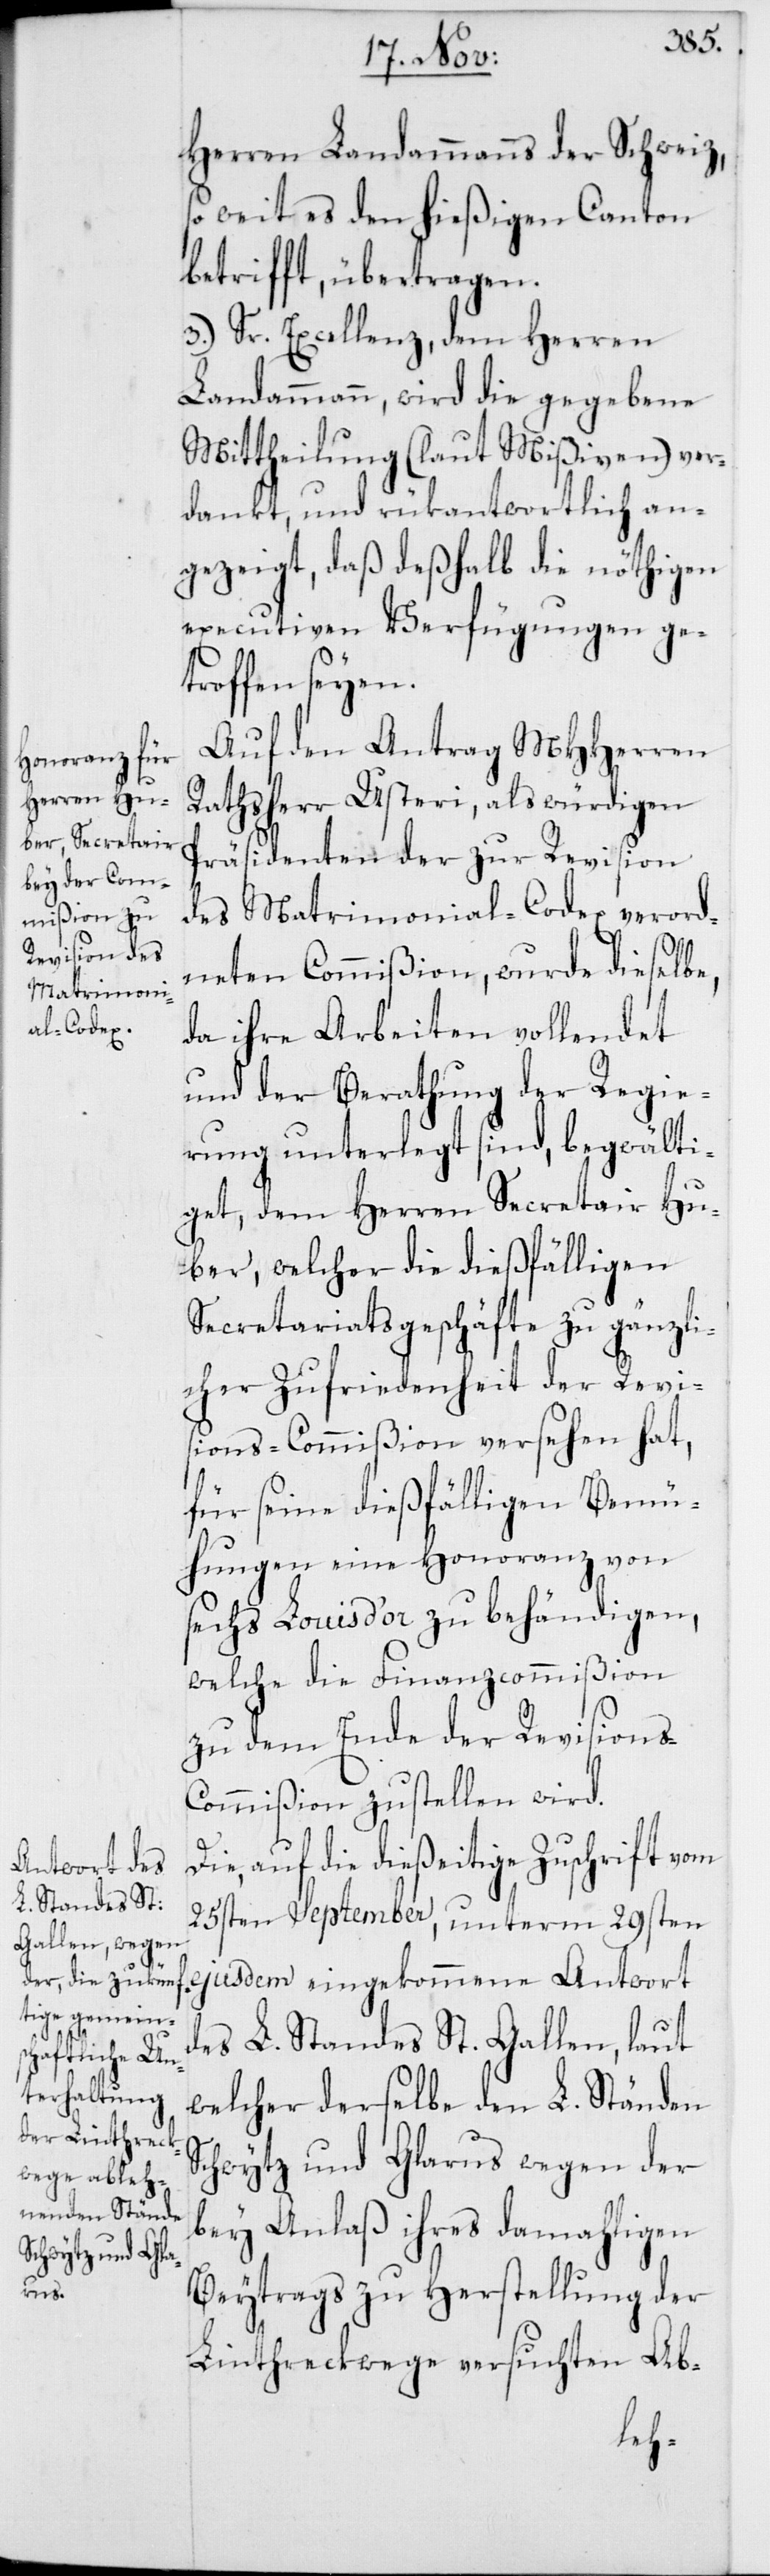
Herren Landammanns der Schweiz,
so weit es den hießigen Canton
betrifft, übertragen.
3. Sr. Excellenz, dem Herren
Landammann, wird die gegebene
Mittheilung (laut Mißiven) ver¬
dankt, und rükantwortlich an¬
gezeigt, daß deßhalb die nöthigen
executiven Verfügungen ge¬
troffen seyen.
Auf den Antrag MHHerren
Rathsherr Usteri, als würdigen
Präsidenten der zur Revision
des Matrimonial-Codex verord¬
neten Commißion, wurde dieselbe,
da ihre Arbeiten vollendet
und der Berathung der Regie¬
rung unterlegt sind, begwälti¬
get, dem Herren Secretair Hu¬
ber, welcher die dießfälligen
Secretariatsgeschäfte zu gänzli¬
cher Zufriedenheit der Revis¬
ion-Commißion versehen hat,
für seine dießfälligen Bemü¬
hungen eine Honoranz von
sechs Louis d’or zu behändigen,
welche die Finanzcommißion
zu dem Ende der Revisions-C¬
ommißion zustellen wird.
Die, auf die dießeitige Zuschrift vom
25sten September, unterm 29sten
ejusdem eingekommene Antwort
des L. Standes St. Gallen, laut
welcher derselbe den L. Ständen
Schwytz und Glarus wegen der
bey Anlaß ihres damahligen
Beytrags zur Herstellung der
Linthreckwege versuchten Ab-